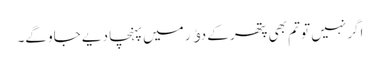
اگر نہیں تو تم بھی پتھر کے دﺅر میں پہنچا دیے جاو گے۔